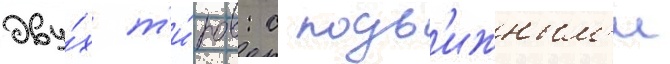
дву́х т'и́пов: с подв'ижным'и